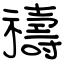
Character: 禱